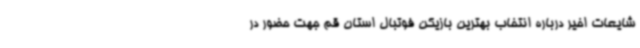
شایعات اخیر درباره انتخاب بهترین بازیکن فوتبال استان قم جهت حضور در